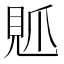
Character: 𧠘